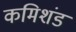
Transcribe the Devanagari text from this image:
कमिशंड